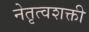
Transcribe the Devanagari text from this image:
नेतृत्वशक्ती